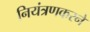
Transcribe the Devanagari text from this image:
नियंत्रणकरने